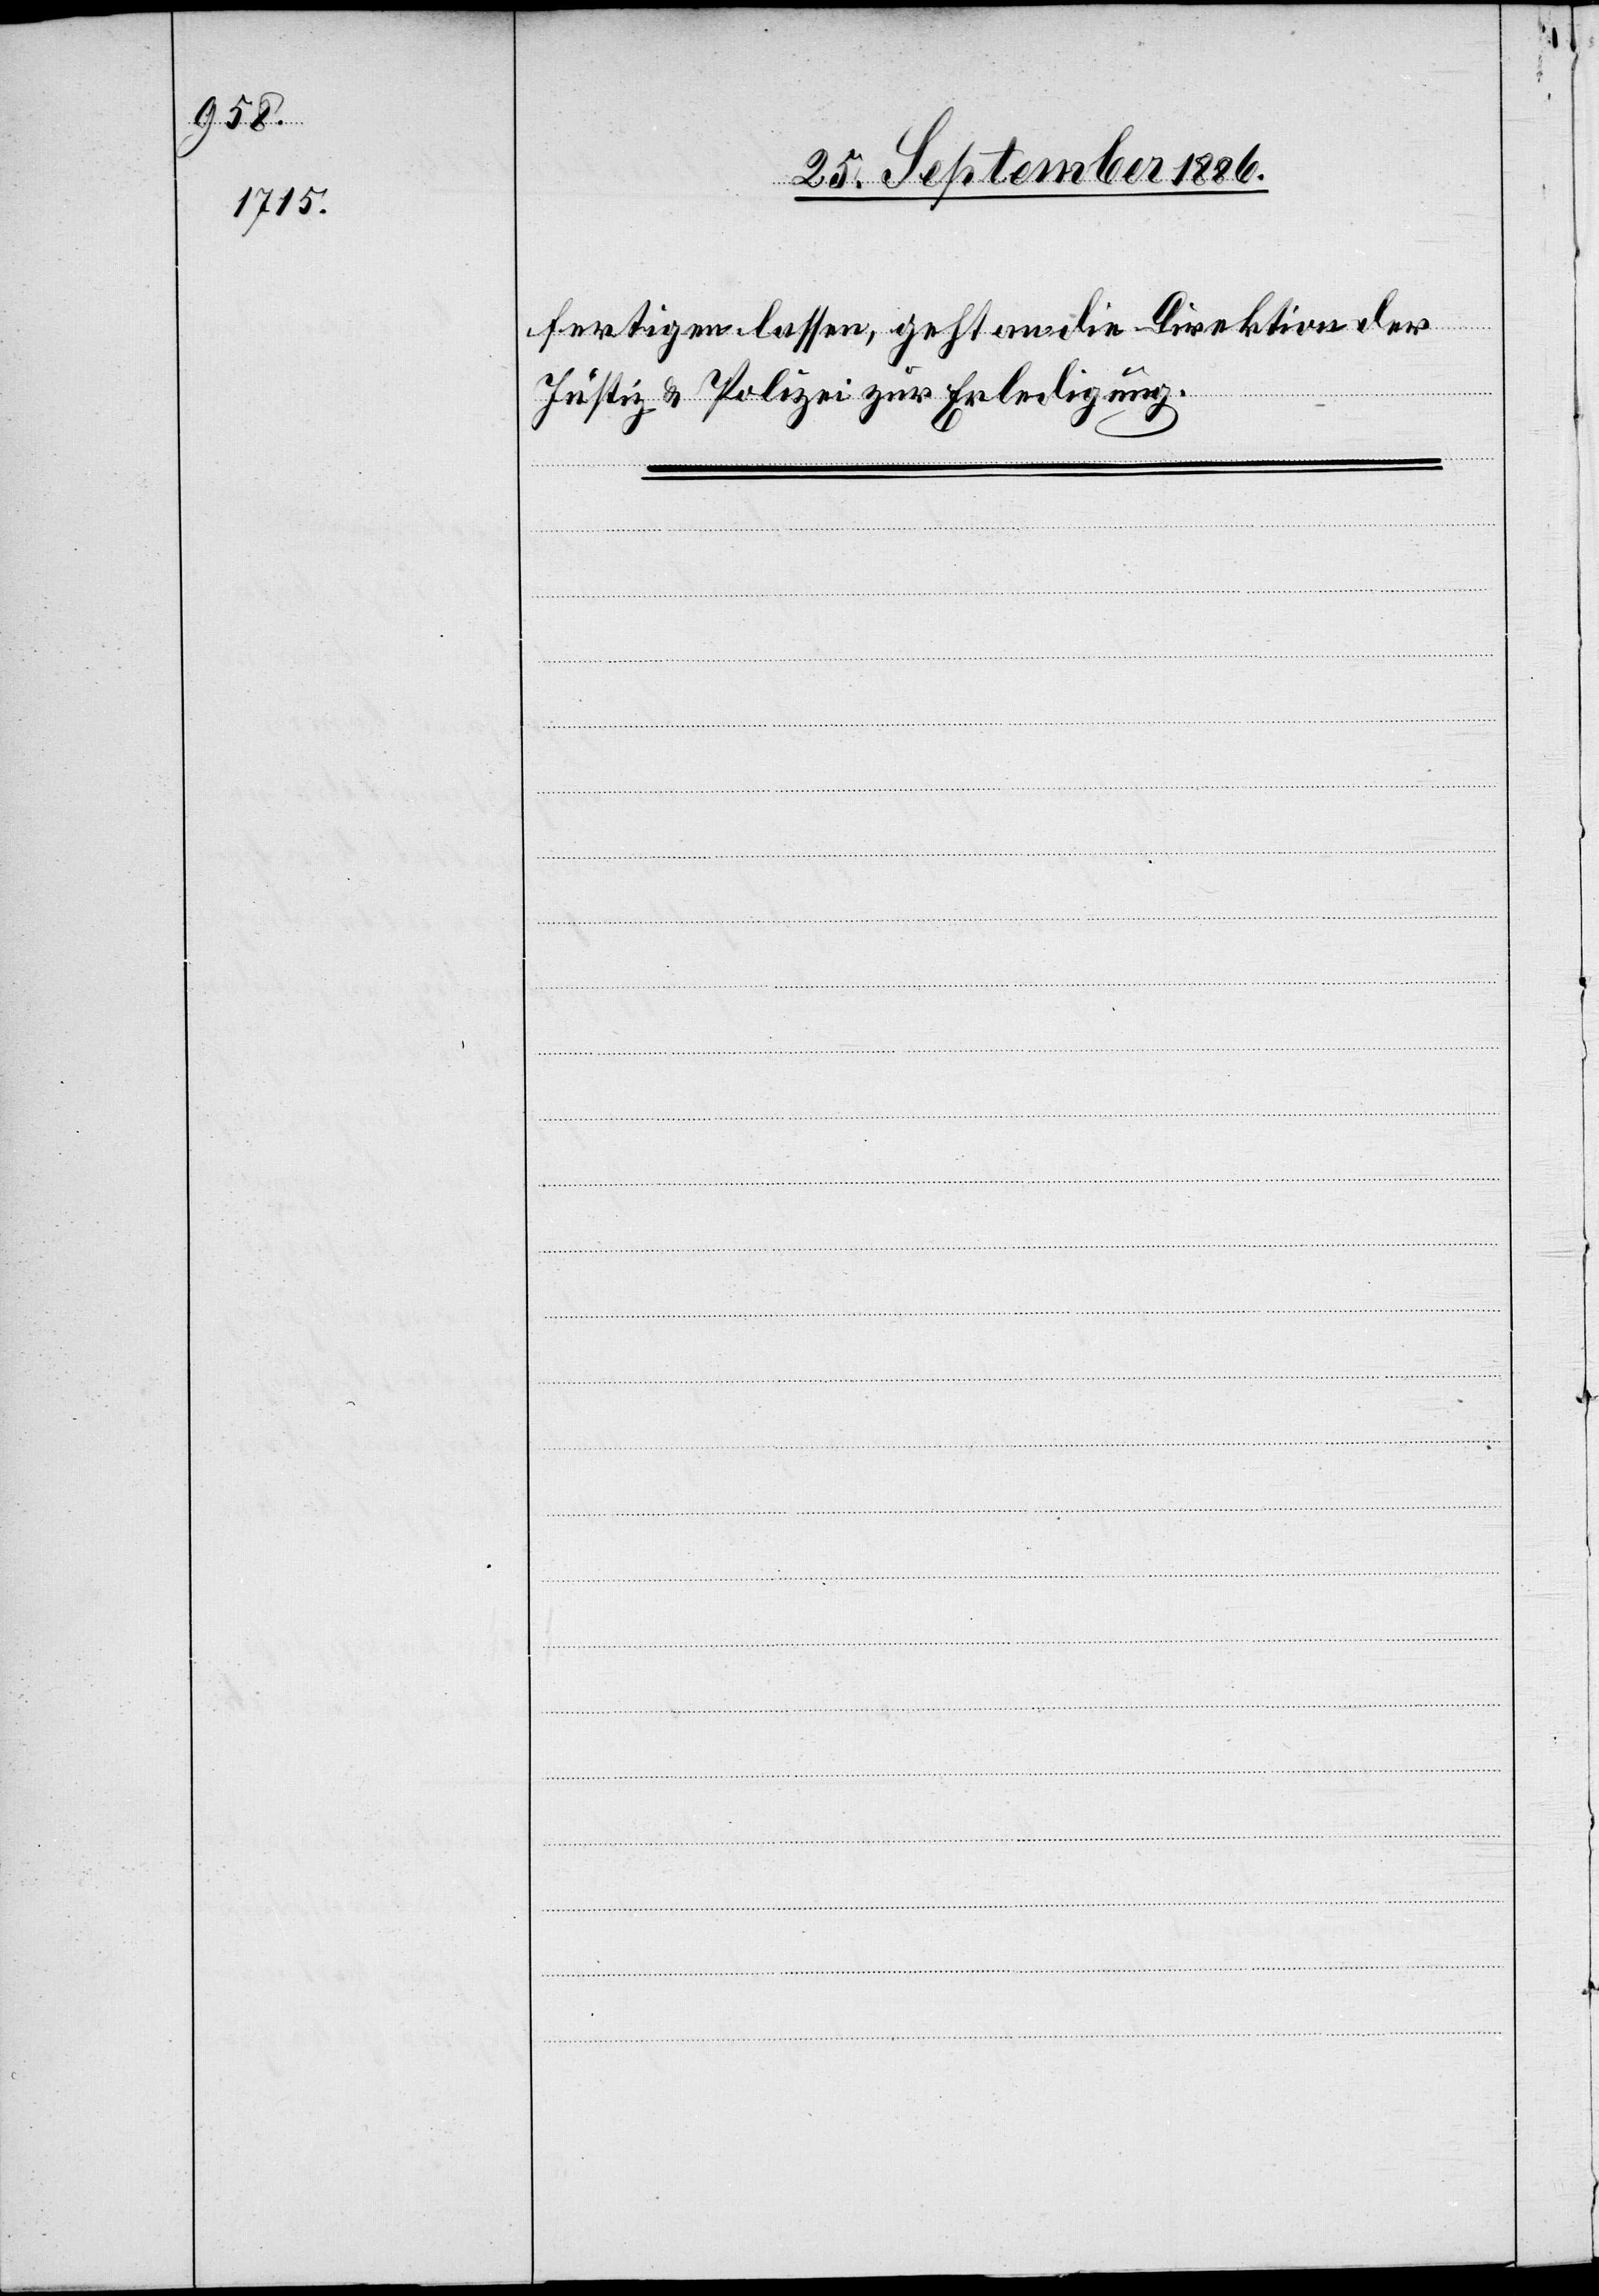
fertigen lassen, geht an die Direktion der
Justiz & Polizei zur Erledigung.